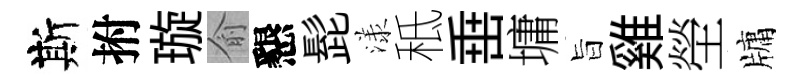
斯拊璇俞懇髭漾秪𡸁墉旨雞塋牗